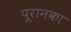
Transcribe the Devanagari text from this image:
पूरानका